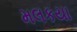
મલકયા